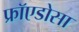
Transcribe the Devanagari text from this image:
फ्रॉएडोसा